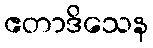
ဧတာဒိသေန